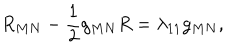
R _ { M N } - \frac { 1 } { 2 } g _ { M N } R = \lambda _ { 1 1 } g _ { M N } ,